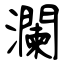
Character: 瀾